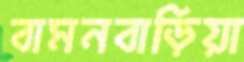
বামনবাড়িয়া